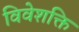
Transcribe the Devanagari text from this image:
विवेशक्ति